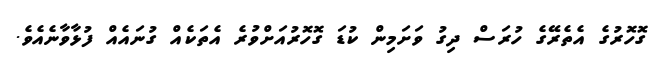
ގޮހޮރުގެ އެތެރޭގެ ހުރަސް ދިގު ވަށަމިން ކުޑަ ގޮހޮރުއަށްވުރެ އެތަކެއް ގުނައެއް ފުޅާވާނެއެވެ.